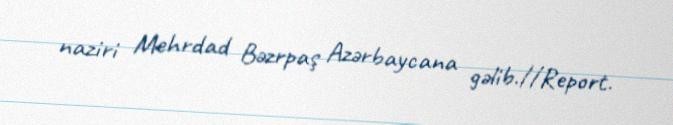
naziri Mehrdad Bəzrpaş Azərbaycana gəlib.//Report.